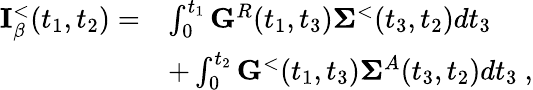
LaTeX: \begin{array}{rl}{{\mathbf I}_{\beta}^{<}(t_{1},t_{2})=}&{\int_{0}^{t_{1}}{\mathbf G}^{R}(t_{1},t_{3}){\mathbf\Sigma}^{<}(t_{3},t_{2})dt_{3}}\\ &{+\int_{0}^{t_{2}}{\mathbf G}^{<}(t_{1},t_{3}){\mathbf\Sigma}^{A}(t_{3},t_{2})dt_{3}~,}\end{array}